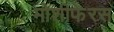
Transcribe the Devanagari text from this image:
मोशीफेरस